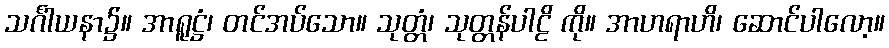
သင်္ဂါယနာ၌။ အာရူဋ္ဌံ၊ တင်အပ်သော။ သုတ္တံ၊ သုတ္တန်ပါဠိ ကို။ အာဟရာဟိ၊ ဆောင်ပါလော့။